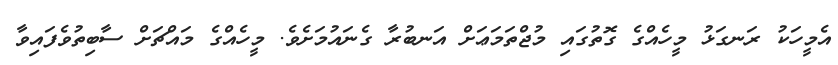
އެމީހަކު ރަނގަޅު މީހެއްގެ ގޮތުގައި މުޖްތަމަޢަށް އަނބުރާ ގެނައުމަށެވެ. މީހެއްގެ މައްޗަށް ސާބިތުވެފައިވާ